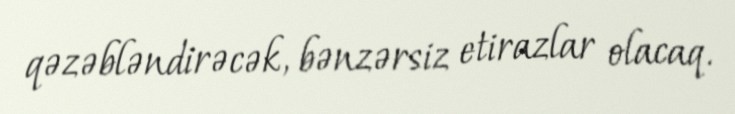
qəzəbləndirəcək, bənzərsiz etirazlar olacaq.